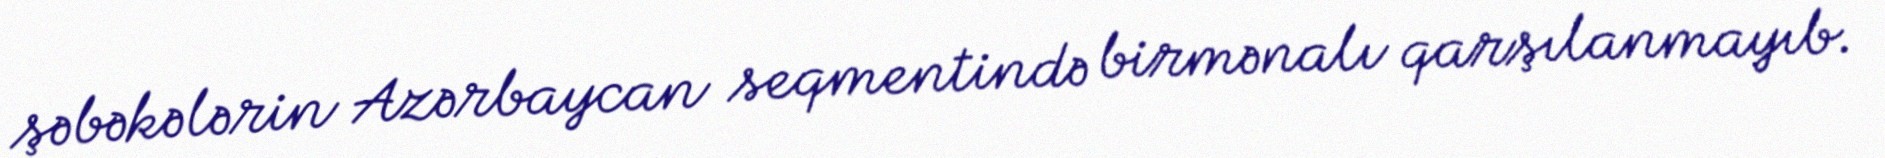
şəbəkələrin Azərbaycan seqmentində birmənalı qarşılanmayıb.